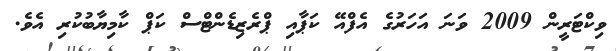
ވިކްޓަރީން 2009 ވަނަ އަހަރުގެ އެފްއޭ ކަޕާއި ޕްރެޒިޑެންޓްސް ކަޕް ކާމިޔާބުކުރި އެވެ.